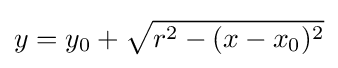
y=y_{0}+{\sqrt {r^{2}-(x-x_{0})^{2}}}